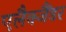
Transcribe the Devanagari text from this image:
एलैक्जैंडर